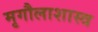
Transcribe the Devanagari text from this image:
मृगौलाशास्त्र